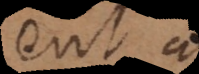
est a